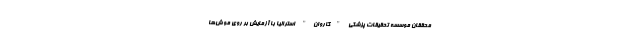
محققان موسسه تحقیقات پزشکی "گاروان" استرالیا با آزمایش بر روی موش‌ها